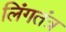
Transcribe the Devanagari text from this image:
लिंगतंत्र